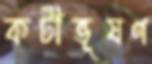
কটীভূষণ